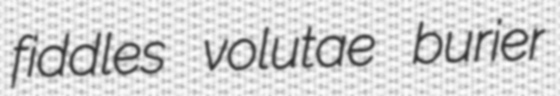
fiddles volutae burier